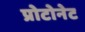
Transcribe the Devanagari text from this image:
प्रोटोनेट